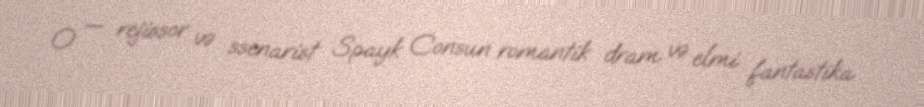
O — rejissor və ssenarist Spayk Consun romantik dram və elmi fantastika